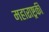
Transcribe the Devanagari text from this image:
महाराष्ट्रकी